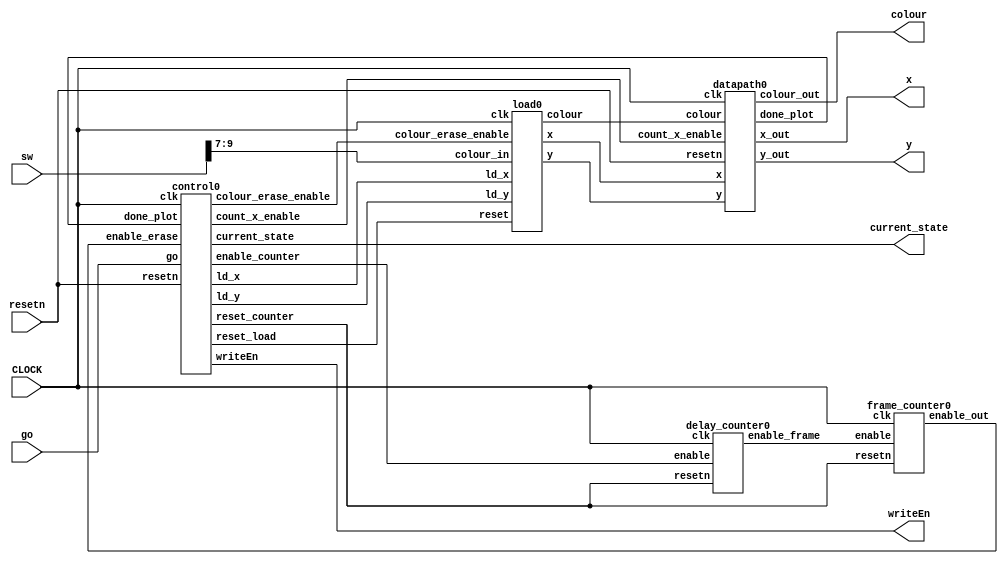
module ob0(
	input CLOCK, 
	input go, 
	input [9:0]sw, 
	input resetn, 
	
	output [7:0]x, 
	output [6:0]y, 
	output [2:0]colour, 
	output writeEn,
	output [2:0] current_state
	);

	
   wire ld_x, ld_y;

	wire [2:0] colour_load;
	wire [7:0] x_load;
	wire [6:0] y_load;

	wire enable_frame, enable_erase, enable_counter, colour_erase_enable, count_x_enable;
	wire done_plot;
	
	wire reset_counter, reset_load;

	datapath0 d0(
				.clk(CLOCK),
				.resetn(resetn),
				.count_x_enable(count_x_enable),
				.x(x_load),
				.y(y_load),
				.colour(colour_load),
				.x_out(x),
				.y_out(y),
				.colour_out(colour),
				.done_plot(done_plot)
				);

    // Instansiate FSM control
    control0 c0(
				.clk(CLOCK),
				.resetn(resetn),
				.go(go),
				.enable_erase(enable_erase),
				.done_plot(done_plot),
				.ld_x(ld_x),
				.ld_y(ld_y),
				.reset_counter(reset_counter),
				.enable_counter(enable_counter),
				.writeEn(writeEn),
				.colour_erase_enable(colour_erase_enable),
				.reset_load(reset_load),
				.count_x_enable(count_x_enable),
				.current_state(current_state)
	);

	load0 l0(
		.clk(CLOCK),
		.reset(reset_load),
		.colour_in(sw[9:7]),
		.colour_erase_enable(colour_erase_enable),
		.ld_x(ld_x),
		.ld_y(ld_y),
		.x(x_load),
		.y(y_load),
		.colour(colour_load)
	);

	delay_counter0 dc(
			.enable(enable_counter),
			.clk(CLOCK),
			.resetn(reset_counter),
			.enable_frame(enable_frame)
	);

	frame_counter0 f0(
			.enable(enable_frame),
			.clk(CLOCK),
			.resetn(reset_counter),
			.enable_out(enable_erase)
	);

	
endmodule

//

module control0(
	input clk,
   input resetn,
   input go,
	input enable_erase,
	input done_plot,

   output reg ld_x, ld_y,
	output reg reset_counter, enable_counter,
	output reg writeEn,
	output reg colour_erase_enable,
	output reg reset_load,
	output reg count_x_enable,
	output reg [2:0] current_state
    );

    reg [2:0]  next_state; 
    
    localparam  RESET = 4'd0,
				RESET_WAIT = 4'd1,
				PLOT = 4'd2,
				RESET_COUNTER = 4'd3,
				COUNT = 4'd4,
				ERASE = 4'd5,
				UPDATE = 4'd6;
    
    // Next state logic aka our state table
    always@(*)
    begin: state_table 
            case (current_state)
					RESET: next_state = go ? RESET_WAIT : RESET; // Loop in current state until value is input
					RESET_WAIT: next_state = go ? RESET_WAIT : PLOT; // Loop in current state until go signal goes low
					PLOT: next_state = done_plot ? RESET_COUNTER : PLOT;
					RESET_COUNTER : next_state = COUNT;
					COUNT: next_state = enable_erase ? ERASE : COUNT; 
					ERASE: next_state = done_plot ? UPDATE : ERASE; 
					UPDATE: next_state = PLOT;
					default: next_state = RESET;
        endcase
    end // state_table
   

    // Output logic aka all of our datapath control signals
    always @(*)
    begin: enable_signals
        // By default make all our signals 0
        ld_x = 1'b0;
        ld_y = 1'b0;
		writeEn = 1'b0;
		reset_counter = 1'b1;
		reset_load = 1'b1;
		enable_counter = 1'b0;
		colour_erase_enable = 1'b0;
		count_x_enable = 1'b0;

        case (current_state)
            RESET: begin 
				reset_counter = 1'b0;
				reset_load = 1'b0;
			end
			PLOT: begin
				count_x_enable = 1'b1;
				writeEn = 1'b1;
			end
			RESET_COUNTER: 
				reset_counter = 1'b0;
			COUNT: enable_counter = 1'b1;
			ERASE: begin
				colour_erase_enable = 1'b1;
				count_x_enable = 1'b1;
				writeEn = 1'b1;
			end
			UPDATE: begin
				ld_x = 1'b1;
				ld_y = 1'b1;
			end
        // default:    // don't need default since we already made sure all of our outputs were assigned a value at the start of the always block
        endcase
    end // enable_signals
   
    // current_state registers
    always@(posedge clk)
    begin: state_FFs
        if(!resetn)
            current_state <= RESET;
        else
            current_state <= next_state;
    end // state_FFS
endmodule

module datapath0(
	input clk,
	input resetn,
	input count_x_enable,
	input [7:0] x,
	input [6:0] y,
	input [2:0] colour,
	output [7:0] x_out,
	output [6:0] y_out,
	output [2:0] colour_out,
	output reg done_plot
	);

	reg [2:0] count_x, count_y;

	wire enable_y;
	
	always @(*)
	begin
		if (count_x == 3'b111 && count_y == 3'b111)
			done_plot = 1'b1;
		else
			done_plot = 1'b0;
	end
	
	// counter for x
	always @(posedge clk) begin
		if (!resetn) 
			count_x <= 3'b000;
		else if (count_x_enable)
			count_x <= count_x + 1'b1;
	end	
	
	assign enable_y = (count_x == 3'b111) ? 1 : 0;
	
	// counter for y
	always @(posedge clk) begin
		if (!resetn)
			count_y <= 3'b000;
		else if (enable_y)
			count_y <= count_y + 1'b1;
	end

	assign x_out = x + count_x;
	assign y_out = y + count_y;
	assign colour_out = colour;
    
endmodule



module delay_counter0(enable, clk, resetn, enable_frame);
	input enable, clk, resetn;
	output enable_frame;
	reg [22:0] counter;
	  
	  assign enable_frame = (counter == 0) ? 1 : 0;
	  
	  always @(posedge clk)
	  begin
	       if (!resetn)
			      counter <= 333332;
			  else if (enable == 1'b1)
			  begin
					if (counter == 22'd0)
						counter <= 333332;
					else
						counter <= counter - 1'b1;
				end
	  end
endmodule

module frame_counter0(enable, clk, resetn, enable_out);
	input enable, clk, resetn;
	output enable_out;
	
	reg [2:0] frames;
	
	assign enable_out= (frames == 3'b111) ? 1 : 0;
	
	always @ (posedge clk)
	begin	
		if (!resetn)
			frames <= 0;
		else if (enable == 1'b1)
		begin 
			if (frames == 3'b111)
				frames <= 0;
			else
			frames <= frames + 1;
			end
	end
endmodule



module load0(clk, reset, colour_in, colour_erase_enable, ld_x, ld_y,  x, y, colour);
	input clk, reset; 
	input [2:0] colour_in;
	input colour_erase_enable;
	input ld_x, ld_y;
	output reg [7:0] x;
	output reg [6:0] y;
	output reg [2:0] colour;
	                                                                               
	reg vertical, horizontal;
	
	always @ (posedge clk)
	begin
		if (!reset) 
			begin
			x <= 8'd0; 
			y <= 7'd85; 
			vertical <= 1'b1; // up
			horizontal <= 1'b1; // right
			end
		else 
		begin
			if (ld_x) begin
				if (horizontal) begin
					if (x == 156) begin
						horizontal <= 1'b0;
						x <= x - 1;
					end
					else 
						x <= x + 1;
				end	
				else begin
					if (x == 0) begin
						horizontal <= 1'b1;
						x <= x + 1;
					end
					else 
						x <= x - 1;
				end
			end

         end
    end
	
	always @(*)
	begin
	    if (colour_erase_enable)
		    colour <= 3'b000;
	    else
		    colour <= colour_in;
	end
endmodule